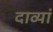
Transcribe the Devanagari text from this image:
दाव्यां